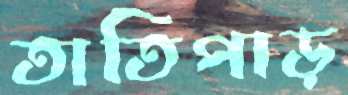
তাতিপাড়